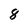
Character: 8